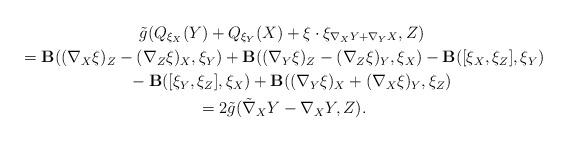
LaTeX: \begin{gather*}\tilde{g}(Q_{\xi_X}(Y)+Q_{\xi_Y}(X)+\xi\cdot\xi_{\nabla_XY+\nabla_YX},Z)\\{}= {\bf B}((\nabla_X\xi)_Z-(\nabla_Z\xi)_X,\xi_Y)+{\bf B}((\nabla_Y\xi)_Z-(\nabla_Z\xi)_Y,\xi_X)-{\bf B}([\xi_X,\xi_Z],\xi_Y)\\\quad{}-{\bf B}([\xi_Y,\xi_Z],\xi_X)+{\bf B}((\nabla_Y\xi)_X+(\nabla_X\xi)_Y,\xi_Z)\\{} =2\tilde{g}(\tilde{\nabla}_XY-\nabla_XY,Z).\end{gather*}